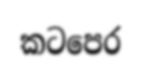
කටපෙර